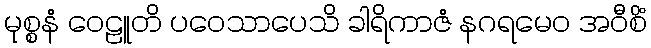
မုစ္စနံ ဝေဠူတိ ပဝေသာပေသိ ခါရိကာဇံ နဂရမေဝ အဝီစိံ